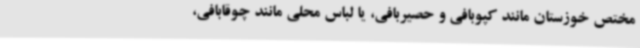
مختص خوزستان مانند کپوبافی و حصیربافی، یا لباس محلی مانند چوقابافی،